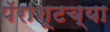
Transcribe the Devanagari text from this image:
पॅराशूटच्या